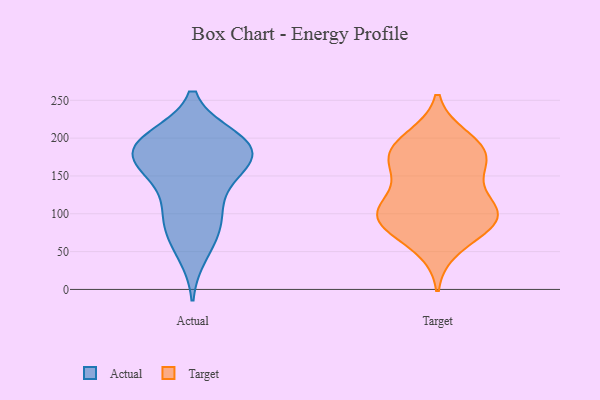
{"axis": {"x": "Customer Acquisition Cost (USD)", "y": "Value"}, "legend": ["Actual", "Target"], "data": [{"x": "", "y": 189, "type": "Actual"}, {"x": "", "y": 193, "type": "Actual"}, {"x": "", "y": 47, "type": "Actual"}, {"x": "", "y": 157, "type": "Actual"}, {"x": "", "y": 105, "type": "Actual"}, {"x": "", "y": 164, "type": "Actual"}, {"x": "", "y": 200, "type": "Actual"}, {"x": "", "y": 188, "type": "Actual"}, {"x": "", "y": 187, "type": "Actual"}, {"x": "", "y": 199, "type": "Actual"}, {"x": "", "y": 68, "type": "Actual"}, {"x": "", "y": 177, "type": "Actual"}, {"x": "", "y": 94, "type": "Actual"}, {"x": "", "y": 163, "type": "Actual"}, {"x": "", "y": 139, "type": "Actual"}, {"x": "", "y": 90, "type": "Actual"}, {"x": "", "y": 161, "type": "Target"}, {"x": "", "y": 185, "type": "Target"}, {"x": "", "y": 187, "type": "Target"}, {"x": "", "y": 99, "type": "Target"}, {"x": "", "y": 102, "type": "Target"}, {"x": "", "y": 90, "type": "Target"}, {"x": "", "y": 56, "type": "Target"}, {"x": "", "y": 199, "type": "Target"}, {"x": "", "y": 162, "type": "Target"}, {"x": "", "y": 102, "type": "Target"}, {"x": "", "y": 125, "type": "Target"}, {"x": "", "y": 177, "type": "Target"}, {"x": "", "y": 91, "type": "Target"}, {"x": "", "y": 89, "type": "Target"}]}